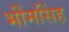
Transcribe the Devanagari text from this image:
भींमसिंह